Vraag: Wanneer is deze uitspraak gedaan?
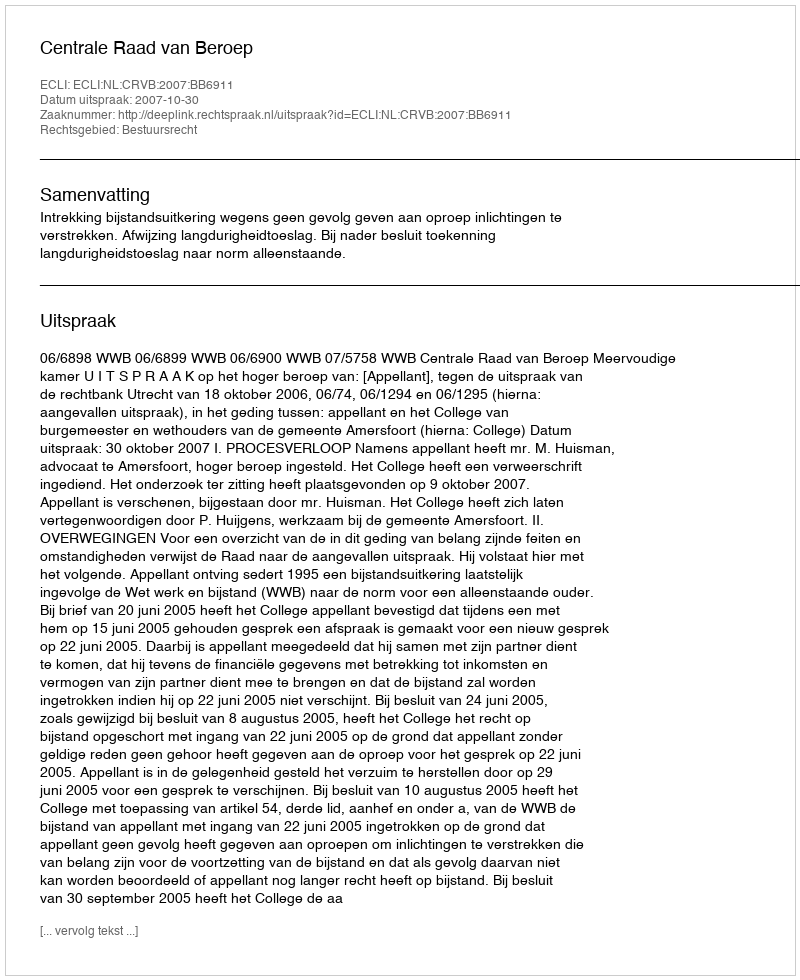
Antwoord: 2007-10-30